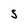
Character: s